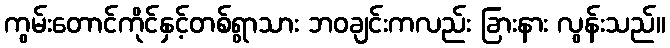
ကွမ်းတောင်ကိုင်နှင့်တစ်ရွာသား ဘဝချင်းကလည်း ခြားနား လွန်းသည်။